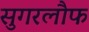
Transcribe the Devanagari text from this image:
सुगरलौफ